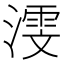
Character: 𬈳